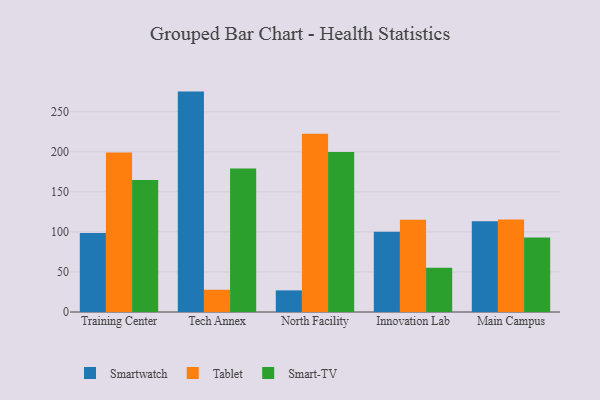
{"axis": {"x": "Campus", "y": "Customer Acquisition Cost (USD)"}, "legend": ["Smart-TV", "Smartwatch", "Tablet"], "data": [{"x": "Training Center", "y": 98.5, "type": "Smartwatch"}, {"x": "Training Center", "y": 199.1, "type": "Tablet"}, {"x": "Training Center", "y": 164.9, "type": "Smart-TV"}, {"x": "Tech Annex", "y": 275.1, "type": "Smartwatch"}, {"x": "Tech Annex", "y": 27.8, "type": "Tablet"}, {"x": "Tech Annex", "y": 179.1, "type": "Smart-TV"}, {"x": "North Facility", "y": 27.0, "type": "Smartwatch"}, {"x": "North Facility", "y": 222.4, "type": "Tablet"}, {"x": "North Facility", "y": 199.6, "type": "Smart-TV"}, {"x": "Innovation Lab", "y": 100.1, "type": "Smartwatch"}, {"x": "Innovation Lab", "y": 115.2, "type": "Tablet"}, {"x": "Innovation Lab", "y": 55.2, "type": "Smart-TV"}, {"x": "Main Campus", "y": 113.4, "type": "Smartwatch"}, {"x": "Main Campus", "y": 115.6, "type": "Tablet"}, {"x": "Main Campus", "y": 93.0, "type": "Smart-TV"}]}